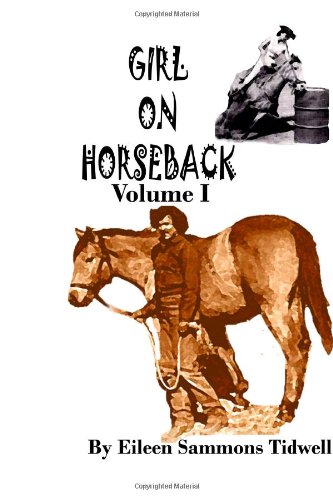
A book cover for Girl on Horseback Volume I (Volume 1); Eileen Sammons Tidwell; Teen & Young Adult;